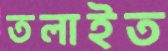
তলাইত